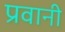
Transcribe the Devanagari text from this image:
प्रवानी